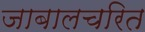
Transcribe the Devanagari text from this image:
जाबालचरित